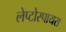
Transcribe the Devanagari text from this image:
लेप्टोस्पायरा